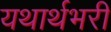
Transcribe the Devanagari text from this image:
यथार्थभरी